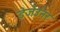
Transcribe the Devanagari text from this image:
डेजेउनर